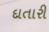
દાતારી